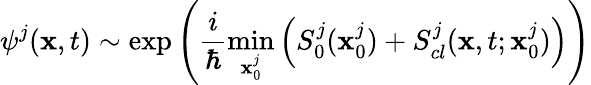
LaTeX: \psi^{j}(\textbf{x},t)\sim\exp\left(\frac{i}{\hbar}\operatorname*{min}_{\textbf{x}_{0}^{j}}\left(S_{0}^{j}(\textbf{x}_{0}^{j})+S_{cl}^{j}(\textbf{x},t;\textbf{x}_{0}^{j})\right)\right)